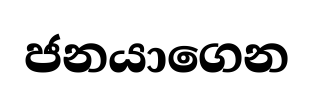
ජනයාගෙන